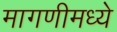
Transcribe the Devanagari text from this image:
मागणीमध्ये